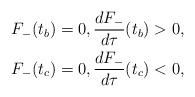
LaTeX: \begin{align*}\begin{aligned}F_-(t_b)&=0,\frac{dF_-}{d\tau}(t_b)>0,\\F_-(t_c)&=0,\frac{dF_-}{d\tau}(t_c)<0,\end{aligned}\end{align*}